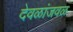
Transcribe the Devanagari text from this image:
देवळांजवळ